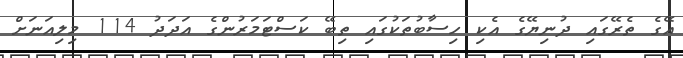
އޭގެ ތެރޭގައި ދުނިޔޭގެ އެކި ހިސާބުތަކުގައި ތިބޭ ކަސްޓަމަރުންގެ އަދަދު 114 މިލިއަނަށް